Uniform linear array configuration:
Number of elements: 12
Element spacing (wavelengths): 1
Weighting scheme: blackman
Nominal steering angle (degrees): -45
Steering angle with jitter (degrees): -44.411
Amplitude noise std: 0.05
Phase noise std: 0.05

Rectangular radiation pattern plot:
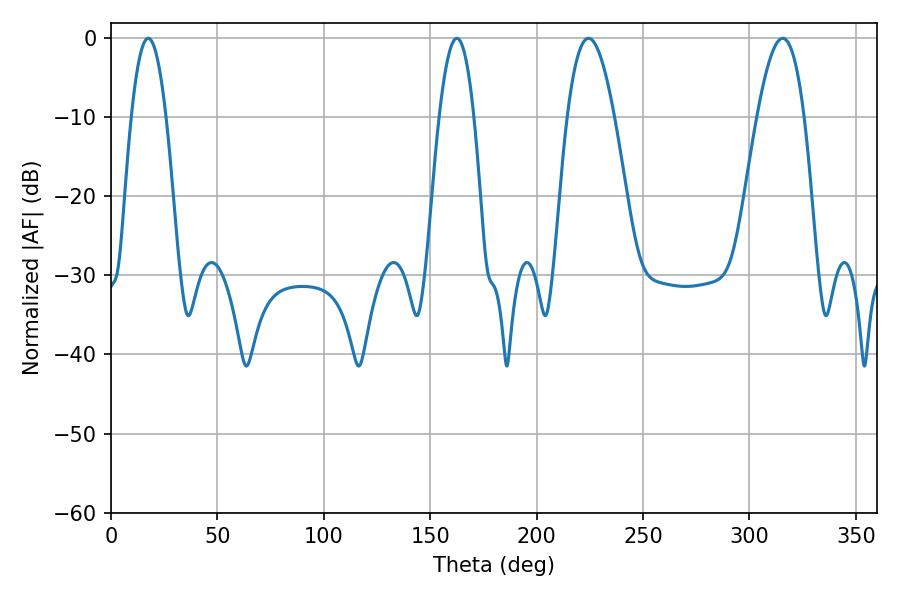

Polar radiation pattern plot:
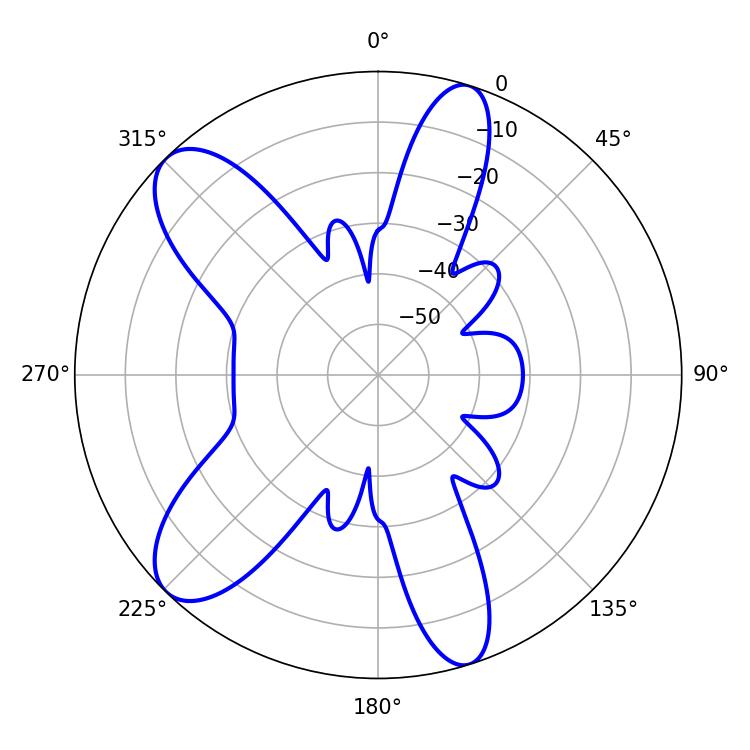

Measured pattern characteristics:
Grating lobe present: TRUE
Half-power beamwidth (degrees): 8.82
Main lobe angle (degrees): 17.46